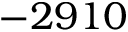
- 2 9 1 0